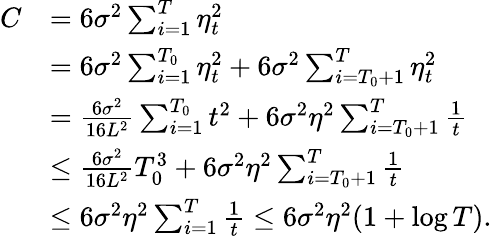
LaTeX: \begin{array}{rl}{C}&{=6\sigma^{2}\sum_{i=1}^{T}\eta_{t}^{2}}\\ &{=6\sigma^{2}\sum_{i=1}^{T_{0}}\eta_{t}^{2}+6\sigma^{2}\sum_{i=T_{0}+1}^{T}\eta_{t}^{2}}\\ &{=\frac{6\sigma^{2}}{16L^{2}}\sum_{i=1}^{T_{0}}t^{2}+6\sigma^{2}\eta^{2}\sum_{i=T_{0}+1}^{T}\frac{1}{t}}\\ &{\le\frac{6\sigma^{2}}{16L^{2}}T_{0}^{3}+6\sigma^{2}\eta^{2}\sum_{i=T_{0}+1}^{T}\frac{1}{t}}\\ &{\le 6\sigma^{2}\eta^{2}\sum_{i=1}^{T}\frac{1}{t}\le 6\sigma^{2}\eta^{2}(1+\log T).}\end{array}